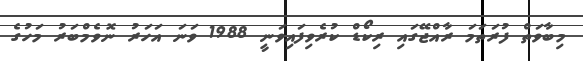
މިބާވަތް ފުރަތަމަ ރާއްޖޭގައި ރިކޯޑް ކުރެވިފައިވަނީ 1988 ވަނަ އަހަރު ނޮވެމްބަރު މަހުގެ